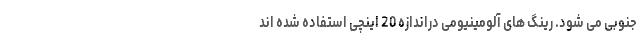
جنوبی می شود. رینگ های آلومینیومی دراندازه 20 اینچی استفاده شده اند